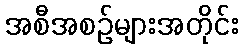
အစီအစဉ်များအတိုင်း